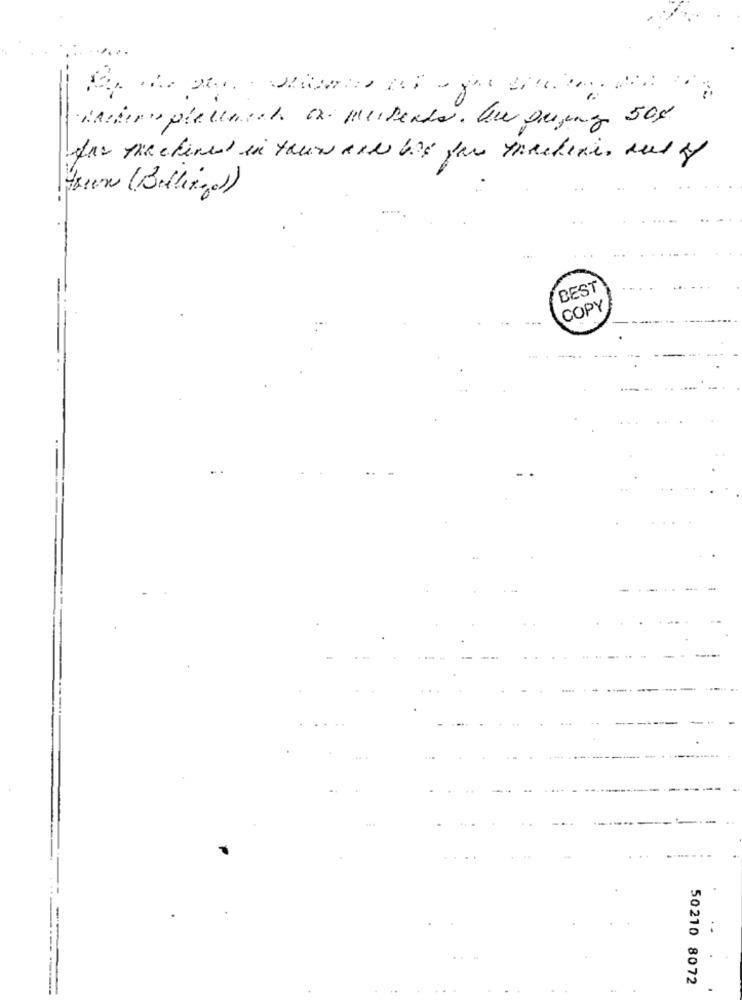
....
das machenes in tours and big sur machenis sus zy
Green (Bellinga)
BEST
COPY
50210 8072